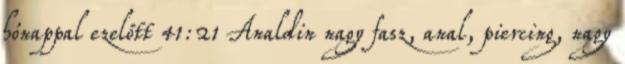
hónappal ezelőtt 41:21 Analdin nagy fasz, anal, piercing, nagy